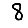
Digit: 8